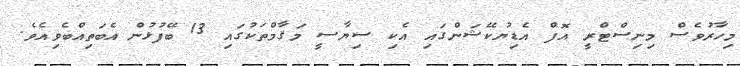
މިހާރުވެސް މިނިސްޓްރީ އޮފް އެޑިޔުކޭޝަންގައި އެކި ސިޔާސީ މަޤާމްތަކުގައި 13 ބޭފުޅުން އެބަތިއްބެވިއެވެ.